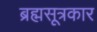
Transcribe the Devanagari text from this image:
ब्रह्मसूत्रकार